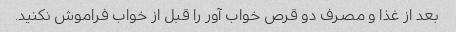
بعد از غذا و مصرف دو قرص خواب آور را قبل از خواب فراموش نکنید.